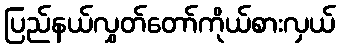
ပြည်နယ်လွှတ်တော်ကိုယ်စားလှယ်